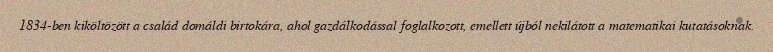
1834-ben kiköltözött a család domáldi birtokára, ahol gazdálkodással foglalkozott, emellett újból nekilátott a matematikai kutatásoknak.